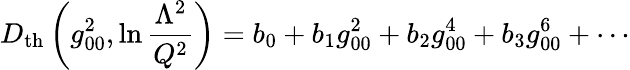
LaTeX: D_{\mathrm{th}}\left(g_{00}^{2},\ln{\frac{\Lambda^{2}}{Q^{2}}}\right)=b_{0}+b_{1}g_{00}^{2}+b_{2}g_{00}^{4}+b_{3}g_{00}^{6}+\cdots